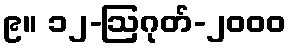
၉။ ၁၂-ဩဂုတ်-၂၀၀၀